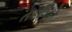
તકલિફો